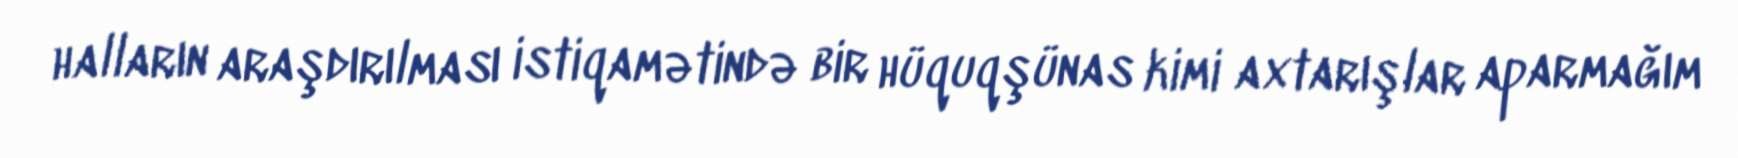
halların araşdırılması istiqamətində bir hüquqşünas kimi axtarışlar aparmağım